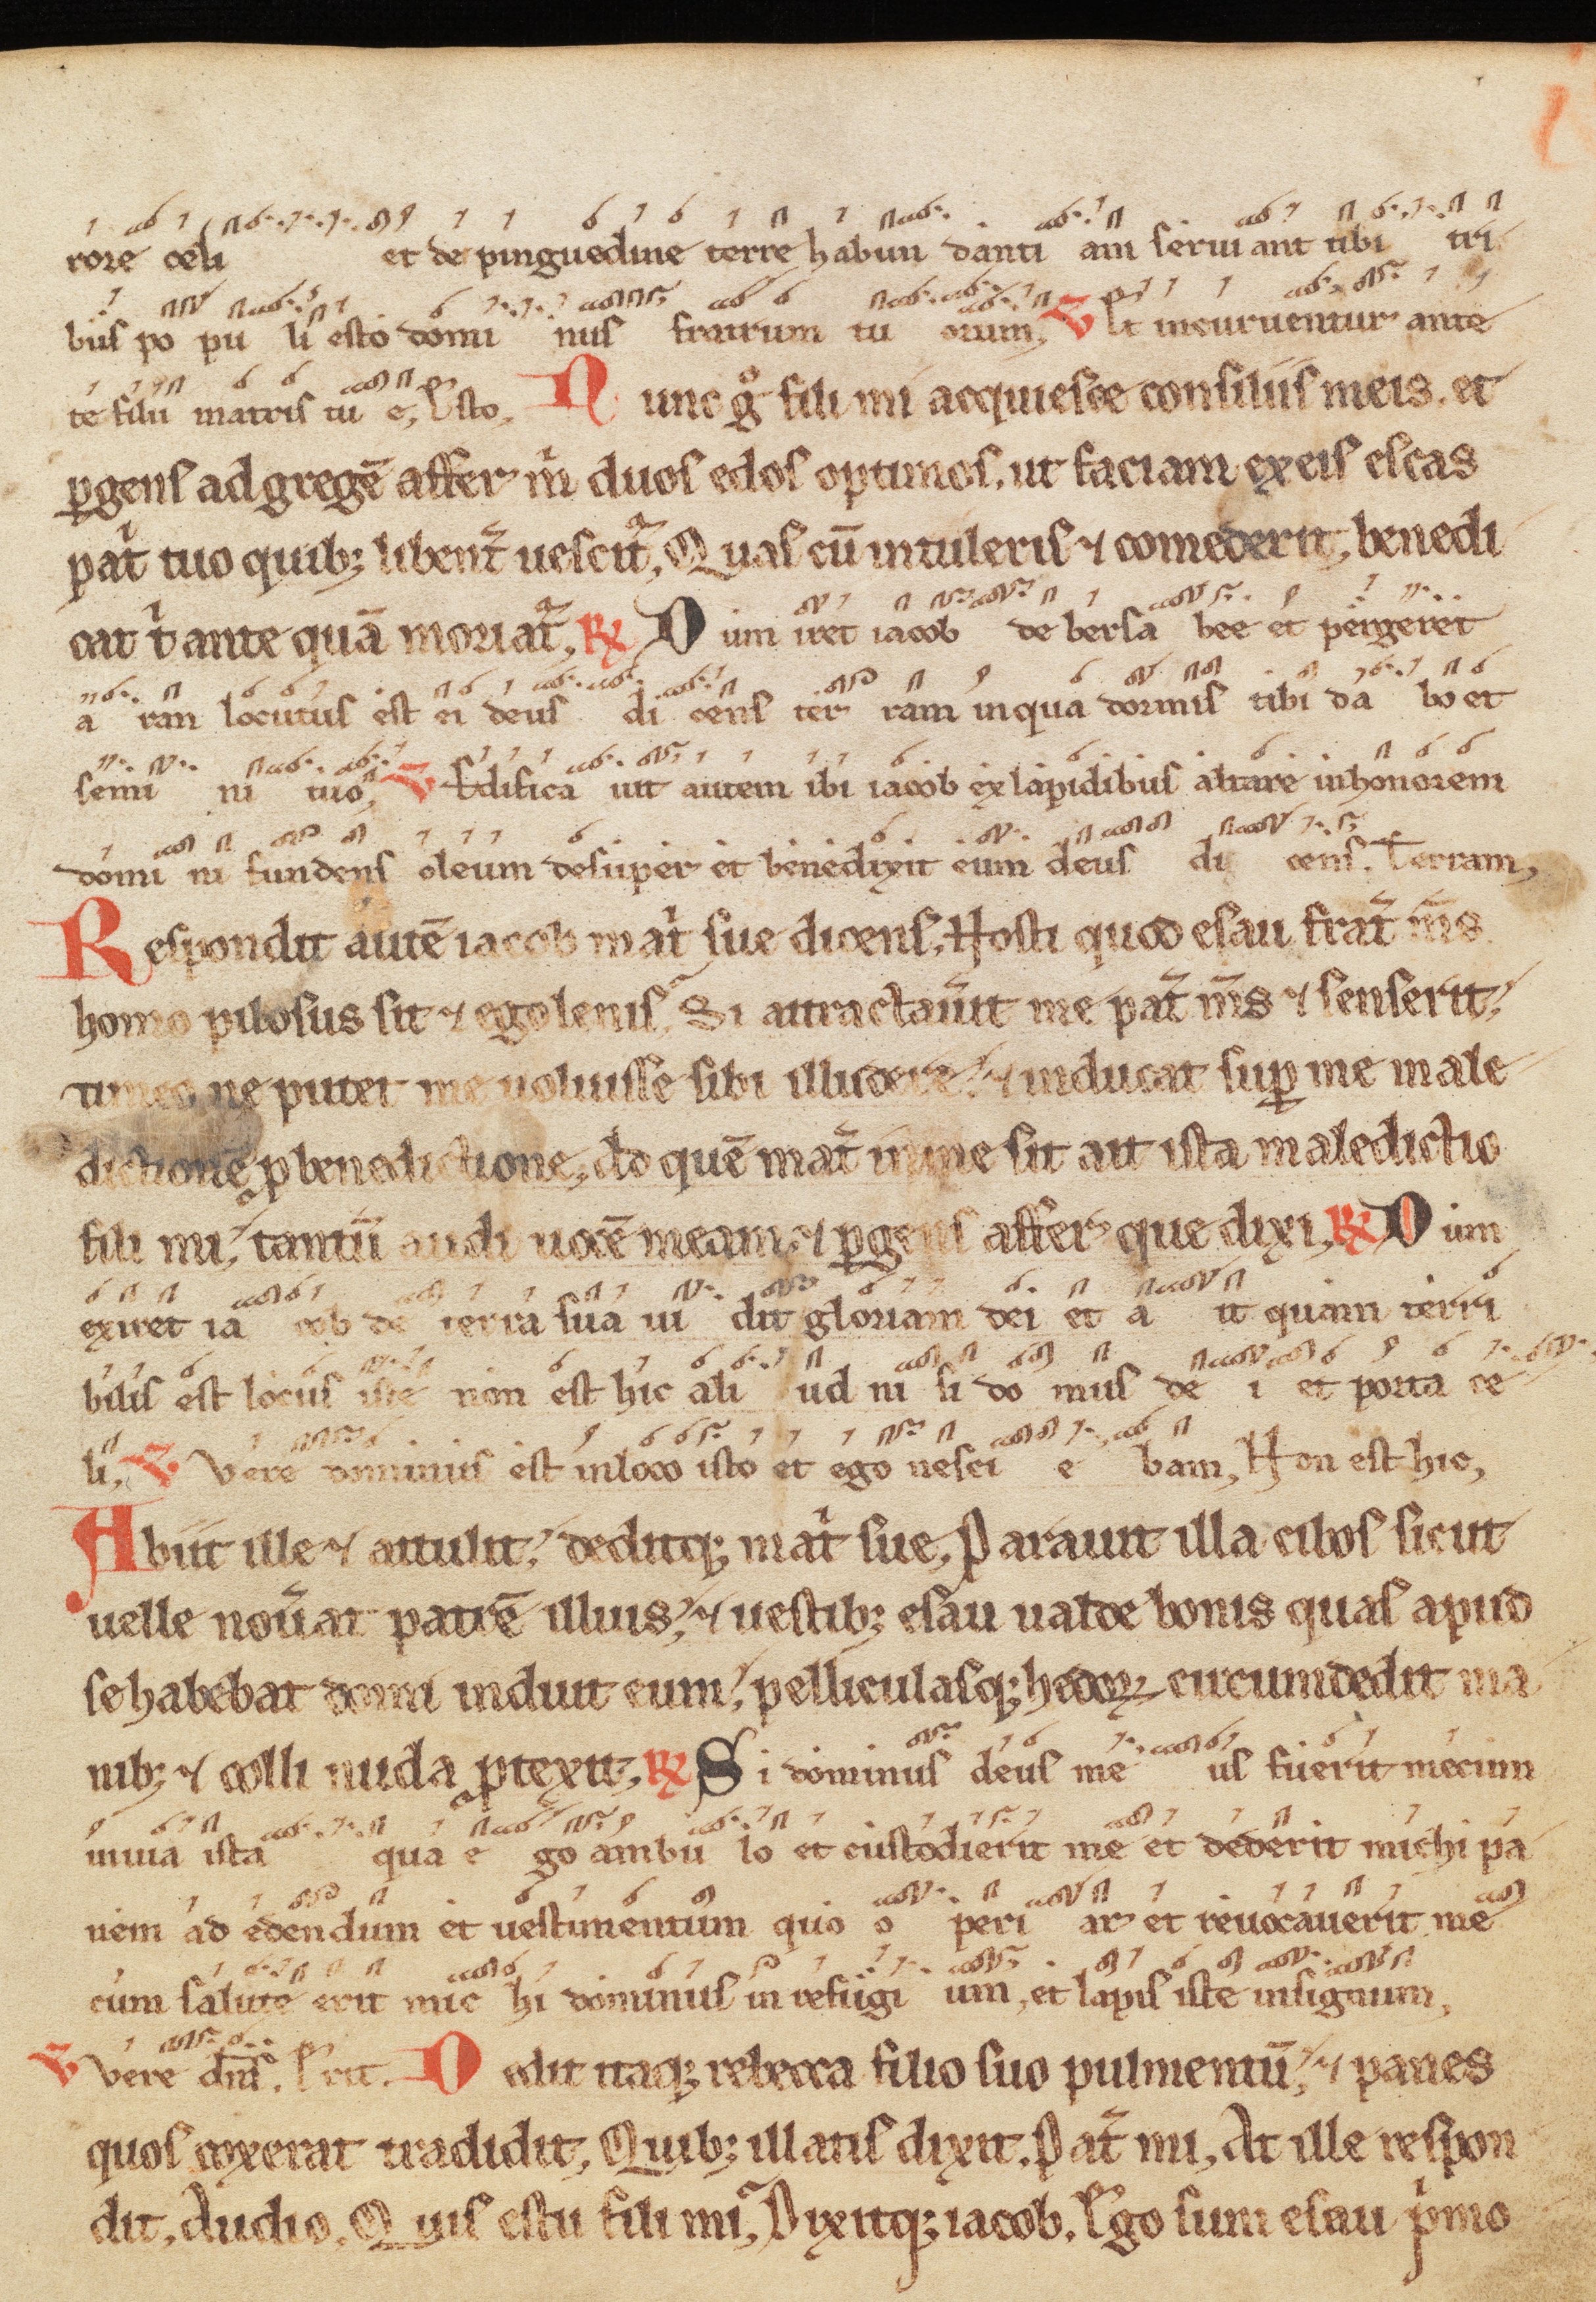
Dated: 1300–1399